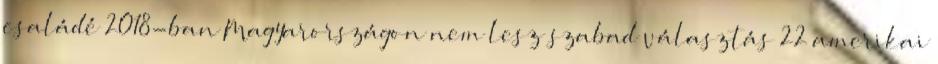
családé 2018-ban Magyarországon nem lesz szabad választás 22 amerikai